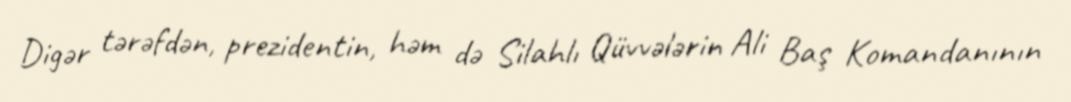
Digər tərəfdən, prezidentin, həm də Silahlı Qüvvələrin Ali Baş Komandanının